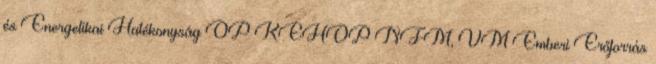
és Energetikai Hatékonyság OP KEHOP NFM, VM Emberi Erőforrás